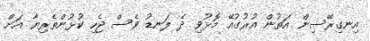
އިނގިރޭސިން އަތުން އުރުގުއޭ މޮޅުވި ދެ ލަނޑު ވެސް ޖެހި ކުޅުންތެރިޔާ އަށް